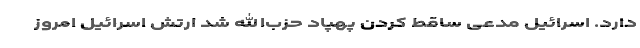
دارد. اسرائیل مدعی ساقط کردن پهپاد حزب‌الله شد ارتش اسرائیل امروز